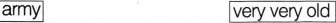
army very very old